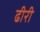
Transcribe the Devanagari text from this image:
ढीरी